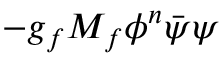
- g _ { f } M _ { f } \phi ^ { n } \bar { \psi } \psi